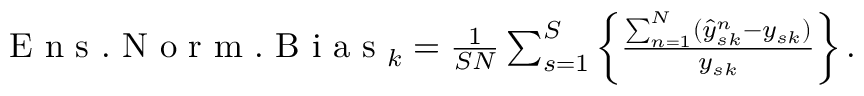
\begin{array} { r } { \mathrm { ~ E ~ n ~ s ~ . ~ N ~ o ~ r ~ m ~ . ~ B ~ i ~ a ~ s ~ } _ { k } = \frac { 1 } { S N } \sum _ { s = 1 } ^ { S } \left\{ \frac { \sum _ { n = 1 } ^ { N } ( \hat { y } _ { s k } ^ { n } - y _ { s k } ) } { y _ { s k } } \right\} . } \end{array}